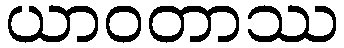
ယာဝတာဿ